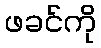
ဖခင်ကို